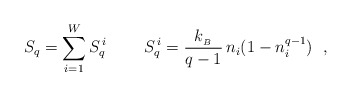
\begin{align*}S_q=\sum_{i=1}^W S_q^{\, i} \ \ \ \ \ \ \ S_q^{\, i}=\frac{k_{_B}}{q-1} \, n_i (1-n_i^{q-1}) \ \ ,\end{align*}